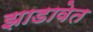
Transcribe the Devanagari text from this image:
झाडावेत